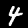
Digit: 4